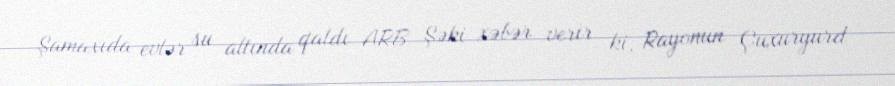
Şamaxıda evlər su altında qaldı ARB Şəki xəbər verir ki, Rayonun Çuxuryurd